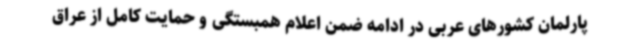
پارلمان کشورهای عربی در ادامه ضمن اعلام همبستگی و حمایت کامل از عراق